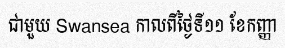
ជាមួយ Swansea កាលពីថ្ងៃទី១១ ខែកញ្ញា